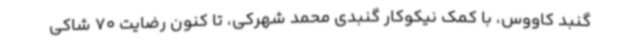
گنبد کاووس، با کمک نیکوکار گنبدی محمد شهرکی، تا کنون رضایت 70 شاکی